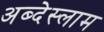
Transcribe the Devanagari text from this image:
अब्देस्लाम